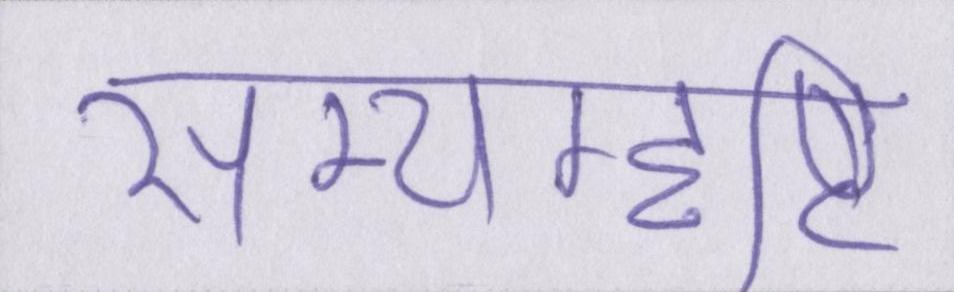
सम्यग्दृष्टि